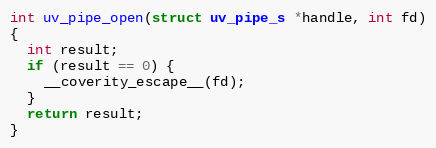
Language: C
int uv_pipe_open(struct uv_pipe_s *handle, int fd)
{
  int result;
  if (result == 0) {
    __coverity_escape__(fd);
  }
  return result;
}